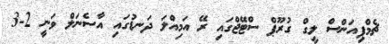
ޗެމްޕިއަންސް ލީގް ގުރޫޕް ސްޓޭޖްގައި ރޭ އަމިއްލަ ދަނޑުގައި އާސެނަލް ވަނީ 2-3